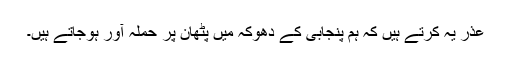
عذر یہ کرتے ہیں کہ ہم پنجابی کے دھوکہ میں پٹھان پر حملہ آور ہوجاتے ہیں۔